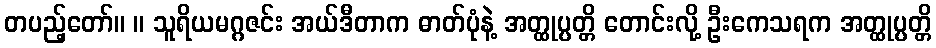
တပည့်တော်။ ။ သူရိယမဂ္ဂဇင်း အယ်ဒီတာက ဓာတ်ပုံနဲ့ အတ္ထုပ္ပတ္တိ တောင်းလို့ ဦးကေသရက အတ္ထုပ္ပတ္တိ